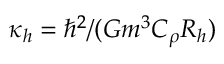
\kappa _ { h } = \hbar ^ { 2 } / ( G m ^ { 3 } C _ { \rho } R _ { h } )